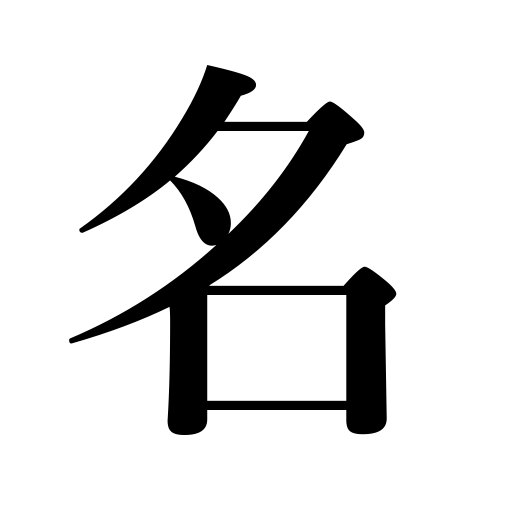
Meanings: wise,fame,noted,reputation,distinguished,name,pretext